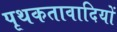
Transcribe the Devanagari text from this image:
पृथकतावादियों